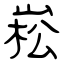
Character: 崧